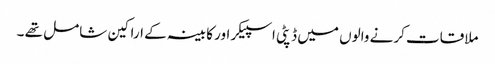
ملاقات کرنے والوں میں ڈپٹی اسپیکر اور کابینہ کے اراکین شامل تھے ۔